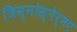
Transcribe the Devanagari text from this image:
जिम्नोस्पेर्मए